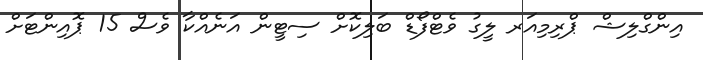
އިންގްލިޝް ޕްރިމިއަރ ލީގު ވެޓްފޯޑް ބަލިކޮށް ސިޓީން އަނެއްކާ ވެސް 15 ޕޮއިންޓަށް